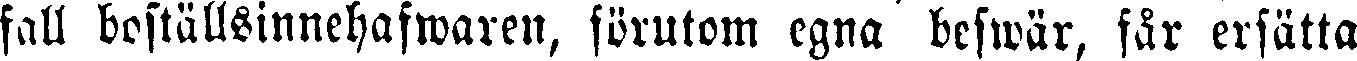
fall boställsinnehafwaren, förutom egna beswär, får ersätta